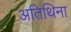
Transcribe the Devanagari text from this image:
अतिथिना